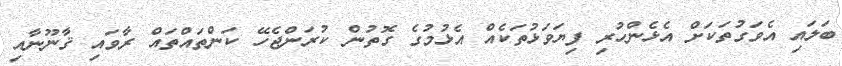
ބަލައި އެވަގުތަކަށް އެޅެންހުރި ފިޔަވަޅުތަކެއް އެޅުމުގެ ގޮތުން ކުރަންޖެހޭ ކަންތައްތައް ރާވައި ޤާނޫނާއި